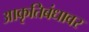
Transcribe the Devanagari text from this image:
आकृतिबंधावर